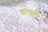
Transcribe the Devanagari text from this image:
वाटपाची